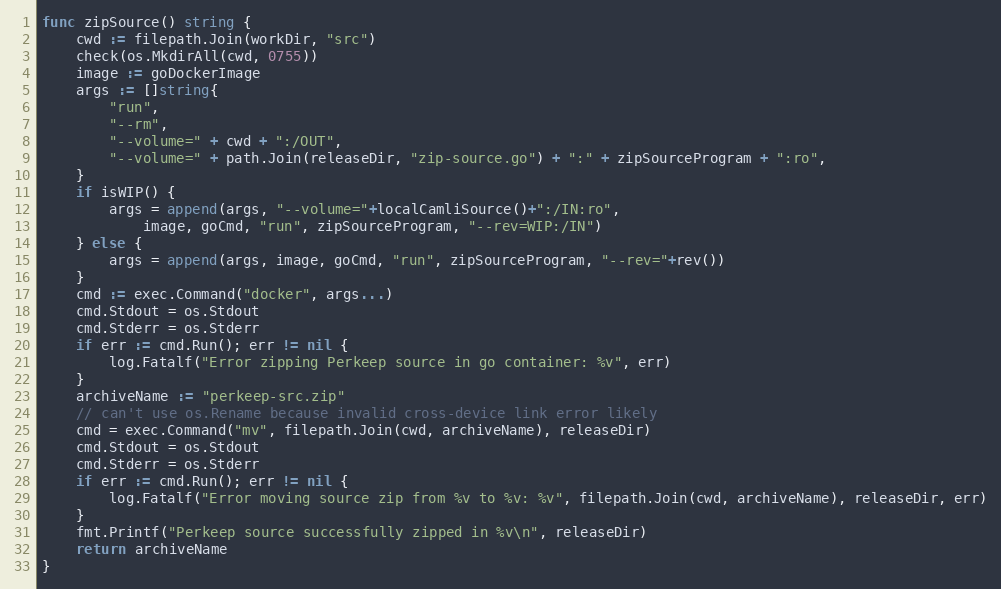
Language: Go
func zipSource() string {
	cwd := filepath.Join(workDir, "src")
	check(os.MkdirAll(cwd, 0755))
	image := goDockerImage
	args := []string{
		"run",
		"--rm",
		"--volume=" + cwd + ":/OUT",
		"--volume=" + path.Join(releaseDir, "zip-source.go") + ":" + zipSourceProgram + ":ro",
	}
	if isWIP() {
		args = append(args, "--volume="+localCamliSource()+":/IN:ro",
			image, goCmd, "run", zipSourceProgram, "--rev=WIP:/IN")
	} else {
		args = append(args, image, goCmd, "run", zipSourceProgram, "--rev="+rev())
	}
	cmd := exec.Command("docker", args...)
	cmd.Stdout = os.Stdout
	cmd.Stderr = os.Stderr
	if err := cmd.Run(); err != nil {
		log.Fatalf("Error zipping Perkeep source in go container: %v", err)
	}
	archiveName := "perkeep-src.zip"
	// can't use os.Rename because invalid cross-device link error likely
	cmd = exec.Command("mv", filepath.Join(cwd, archiveName), releaseDir)
	cmd.Stdout = os.Stdout
	cmd.Stderr = os.Stderr
	if err := cmd.Run(); err != nil {
		log.Fatalf("Error moving source zip from %v to %v: %v", filepath.Join(cwd, archiveName), releaseDir, err)
	}
	fmt.Printf("Perkeep source successfully zipped in %v\n", releaseDir)
	return archiveName
}